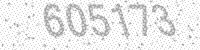
Solution: 605173